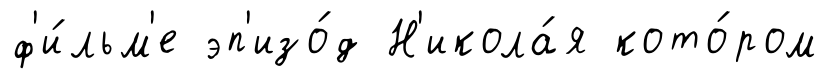
ф'и́льм'е эп'изо́д Н'икола́я кото́ром